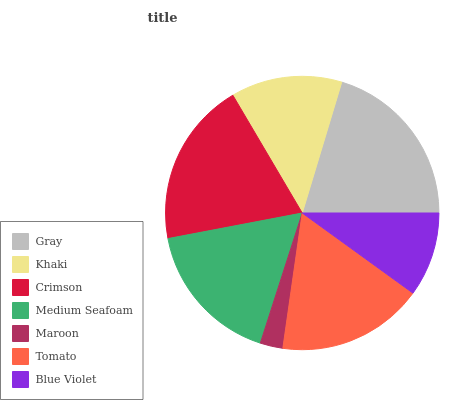
| Gray | Khaki | Crimson | Medium Seafoam | Maroon | Tomato | Blue Violet |
 | --- | --- | --- | --- | --- | --- | --- |
 | 20.3% | 13.1% | 19.6% | 17% | 2.69% | 17.3% | 9.95% |